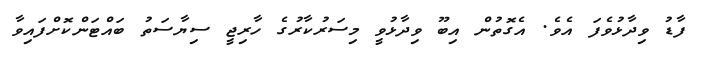
ފާޑު ވިދާޅުވެފަ އެވެ. އެގޮތުން އިބޫ ވިދާޅުވީ މިސަރުކާރުގެ ހާރިޖީ ސިޔާސަތު ބައްޓަންކޮށްފައިވާ